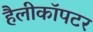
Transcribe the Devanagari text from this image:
हैलीकाॅपटर